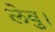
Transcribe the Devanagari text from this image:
लेवु।